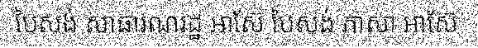
បៃសង់ សាធារណរដ្ឋ អាស៊ែ បៃសង់ ភាសា អាស៊ែ